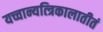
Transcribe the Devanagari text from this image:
यच्चान्यत्त्रिकालातीतं